Lunatic asylums Punjab 1895-1910 - 1895-1910
Year: 1895
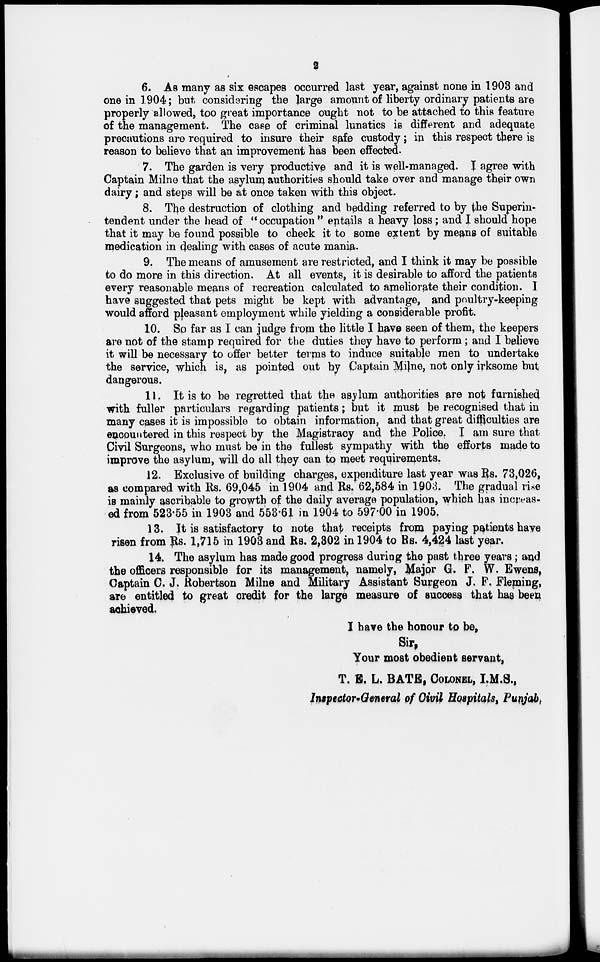
2
6. As many as six escapes occurred last year, against none in 1903 and
one in 1904; but considering the large amount of liberty ordinary patients are
properly allowed, too great importance ought not to be attached to this feature
of the management. The case of criminal lunatics is different and adequate
precautions are required to insure their safe custody; in this respect there is
reason to believe that an improvement has been effected.
7. The garden is very productive and it is well-managed. I agree with
Captain Milne that the asylum authorities should take over and manage their own
dairy; and steps will be at once taken with this object.
8. The destruction of clothing and bedding referred to by the Superin-
tendent under the head of " occupation " entails a heavy loss; and I should hope
that it may be found possible to check it to some extent by means of suitable
medication in dealing with cases of acute mania.
9. The means of amusement are restricted, and I think it may be possible
to do more in this direction. At all events, it is desirable to afford the patients
every reasonable means of recreation calculated to ameliorate their condition. I
have suggested that pets might be kept with advantage, and poultry-keeping
would afford pleasant employment while yielding a considerable profit.
10. So far as I can judge from the little I have seen of them, the keepers
are not of the stamp required for the duties they have to perform ; and I believe
it will be necessary to offer better terms to induce suitable men to undertake
the service, which is, as pointed out by Captain Milne, not only irksome but
dangerous.
11. It is to be regretted that the asylum authorities are not furnished
with fuller particulars regarding patients; but it must be recognised that in
many cases it is impossible to obtain information, and that great difficulties are
encountered in this respect by the Magistracy and the Police. I am sure that
Civil Surgeons, who must be in the fullest sympathy with the efforts made to
improve the asylum, will do all they can to meet requirements.
12. Exclusive of building charges, expenditure last year was Rs. 73,026,
as compared with Rs. 69,045 in 1904 and Rs. 62,584 in 1903. The gradual rise
is mainly ascribable to growth of the daily average population, which has increas-
ed from 523.55 in 1903 and 553.61 in 1904 to 597.00 in 1905.
13. It is satisfactory to note that receipts from paying patients have
risen from Rs. 1,715 in 1903 and Rs. 2,302 in 1904 to Rs. 4,424 last year.
14. The asylum has made good progress during the past three years; and
the officers responsible for its management, namely, Major G. F, W. Ewens,
Captain C. J. Robertson Milne and Military Assistant Surgeon J. F. Fleming,
are entitled to great credit for the large measure of success that has been
achieved.
I have the honour to be,
Sir,
Your most obedient servant,
T. E. L. BATE, COLONEL, I.M.S.,
Inspector-General of Civil Hospitals, Punjab,